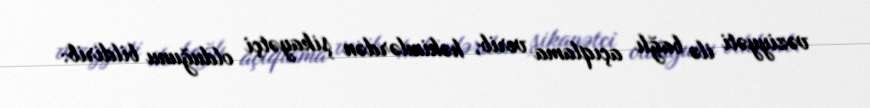
vəziyyəti ilə bağlı açıqlama verib, həkimlərdən şikayətçi olduğunu bildirib: